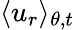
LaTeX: \langle u_{r}\rangle_{\theta,t}